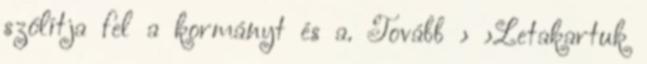
szólítja fel a kormányt és a. Tovább › ›Letakartuk